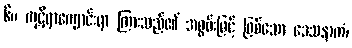
၆။ ကုဋိရာကျောင်းရာ ကြားသည်၏ အစွမ်းဖြင့် ဖြစ်သော ဒေသနာကံ၊